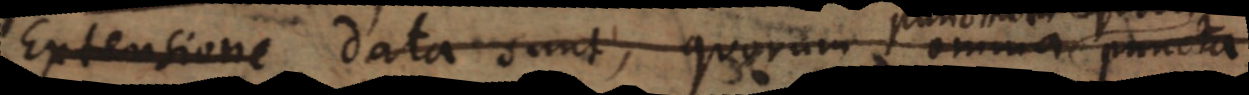
ositione data sunt, quorum omnia puncta